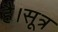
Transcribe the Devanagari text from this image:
है।सूत्र